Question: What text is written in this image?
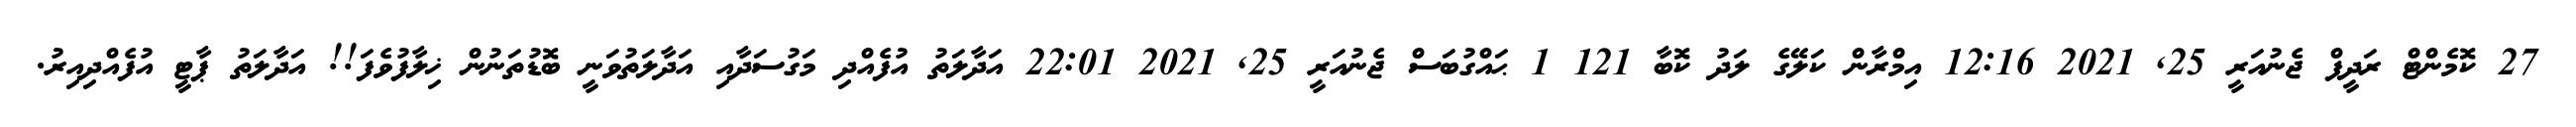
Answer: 27 ކޮމެންޓް ރަދީފް ޖެނުއަރީ 25, 2021 12:16 އިމްރާން ކަލޭގެ ލަދު ކޮބާ 121 1 ޙައްގުބަސް ޖެނުއަރީ 25, 2021 22:01 އަދާލަތު އުފެއްދި މަގުސަދާއި އަދާލަތުވަނީ ބޮޑުތަނުން ޚިލާފުވެފަ!! އަދާލަތު ޕާޓީ އުފެއްދިއިރު.